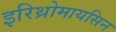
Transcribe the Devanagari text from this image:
इरिथ्रोमायसिन